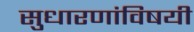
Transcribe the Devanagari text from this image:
सुधारणांविषयी